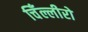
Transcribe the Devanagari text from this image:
चिँल्लीरो